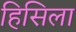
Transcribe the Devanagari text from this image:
हिसिला